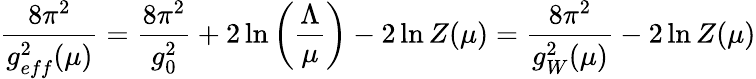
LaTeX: \frac{8\pi^{2}}{g_{eff}^{2}(\mu)}=\frac{8\pi^{2}}{g_{0}^{2}}+2\ln\left(\frac{\Lambda}{\mu}\right)-2\ln Z(\mu)=\frac{8\pi^{2}}{g_{W}^{2}(\mu)}-2\ln Z(\mu)